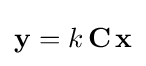
\mathbf {y} =k\,\mathbf {C} \,\mathbf {x}